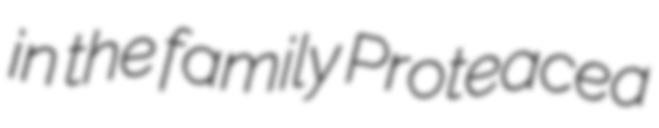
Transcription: in the family Proteacea